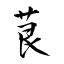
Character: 茛